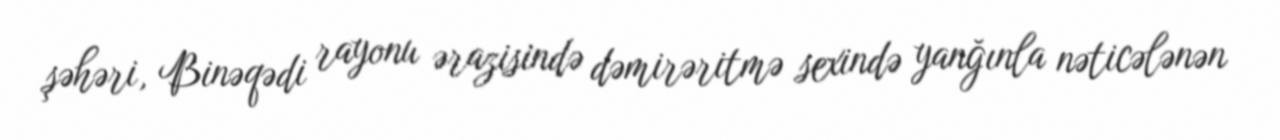
şəhəri, Binəqədi rayonu ərazisində dəmirəritmə sexində yanğınla nəticələnən